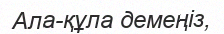
Ала-құла демеңіз,